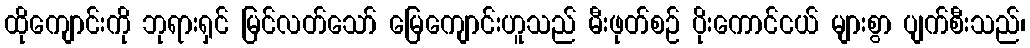
ထိုကျောင်းကို ဘုရားရှင် မြင်လတ်သော် မြေကျောင်းဟူသည် မီးဖုတ်စဉ် ပိုးကောင်ငယ် များစွာ ပျက်စီးသည်၊